Report of the Municipal Commissioner on the plague in Bombay for the year ending 31st May... - Volume 1
Disease focus: Plague
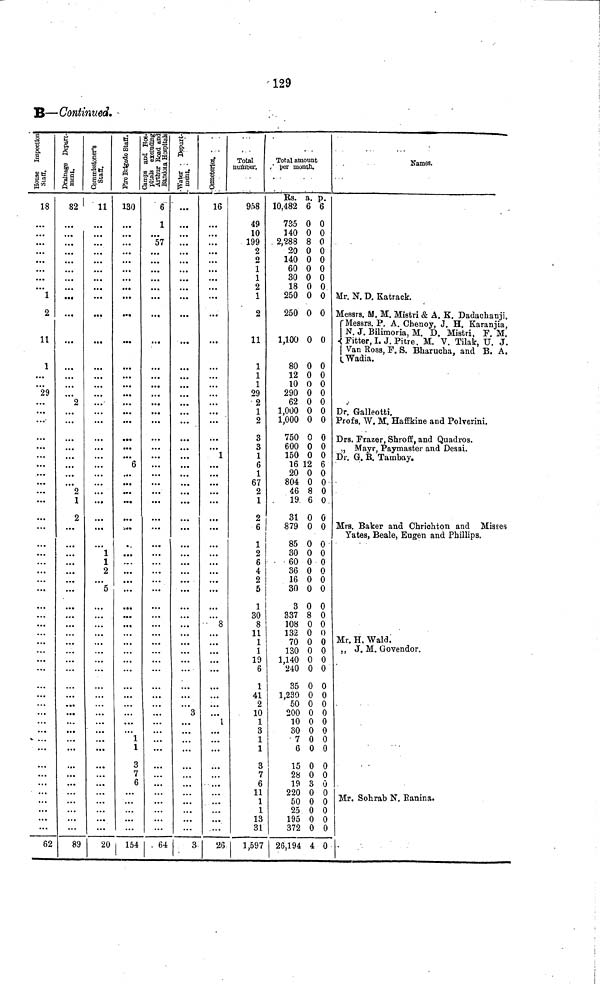
129
B—Continued.
18
1
2
11
1
29
...
...
62
82'
2
...
2
1
2
...
89
11
...
1
1
2
5
...
20
130
6
1
1
3
7
6
154
6
1
57
...
...
64
...
...
3
...
3
16
1
...
8
1
...
26
Total
number.
958
49
10
199
2
o
1
1
2
1
2
11
1
1
1
29
2
1
2
3
3
1
6
1
67
2
1
2
6
1
2
6
4
2
5
1
30
8
11
1
1
19
6
1
41
2
10
1
3
1
1
3
7
6
11
1
1
13
31
1,597
Total amount
per month.
Rs. a. p.
10,482 6 6
735 0 0
140 0 0
2,288 8 0
20 0 0
140 0 0
60 0 0
30 0 0
18 0 0
250 0 0
250 0 0
1,100 0 0
80 0 0
12 0 0
10 0 0
290 0 0
62 0 0
1,000 0 0
1,000 0 0
750 0 0
600 0 0
150 0 0
16 12 6
20 0 0
804 0 0
46 8 0
19 6 0
31 0 0
879 0 0
85 0 0
30 0 0
60 0 0
36 0 0
16 0 0
30 0 0
3 0 0
337 8 0
108 0 0
132 0 0
70 0 0
130 0 0
1 140 0 0
240 0 0
35 0 0
1 230 0 0
50 0 0
200 0 0
10 0 0
30 0 0
7 0 0
6 0 0
15 0 0
28 0 0
19 3 0
220 0 0
50 0 0
25 0 0
195 0 0
372 0 0
26,194 4 0
Names.
Mr. N. D. Katrack.
Messrs. M. M. Mistri & A. K. Dadachanji.
Messrs. P. A. Chenoy, J. H. Karanjia,
N. J. Bilimoria, M. D. Mistri, F. M.
Fitter, I. J. Pitre M V Tilak U J
Van Boss, F. S. Bharucha and B. A.
Wadia.
Dr. Galleotti
Profs. W M Haffkine and Polverini.
Drs. Frazer, Shroff, and Quadros.
Mayr, Paymaster and Desai.
Dr. G. B. Tambay.
Mrs. Baker and Chrichton and Misses
Yates, Beale, Eugen and Phillips.
Mr. H, Wald.
,, J. M. Govendor.
Mr. Sohrab N. Ranina.